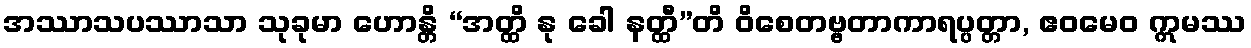
အဿာသပဿာသာ သုခုမာ ဟောန္တိ “အတ္ထိ နု ခေါ နတ္ထီ”တိ ဝိစေတဗ္ဗတာကာရပ္ပတ္တာ, ဧဝမေဝ ဣမဿ